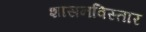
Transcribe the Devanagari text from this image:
शासनविस्तार